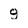
Character: 9